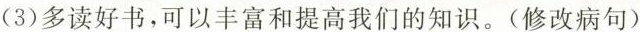
(3)多读好书，可以丰富和提高我们的知识。(修改病句)